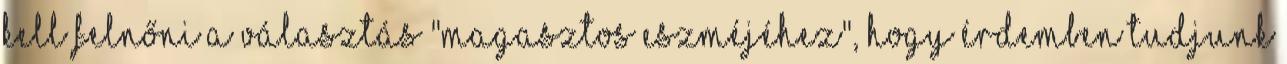
kell felnőni a választás "magasztos eszméjéhez", hogy érdemben tudjunk